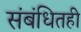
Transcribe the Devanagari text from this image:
संबंधितही